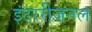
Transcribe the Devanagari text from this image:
इंटररीजनल